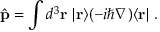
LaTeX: { \hat { \mathbf { p } } } = \int d ^ { 3 } \mathbf { r } ~ | \mathbf { r } \rangle ( - i \hbar \nabla ) \langle \mathbf { r } | ~ .